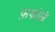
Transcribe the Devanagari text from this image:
फ़फोले